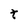
Character: t